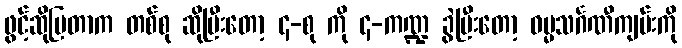
ဖွင့်ဆိုပြတာက တစ်စု ဆိုပြီးတော့ ၄-စု ကို ၄-ကဏ္ဍ ခွဲပြီးတော့ ဓမ္မသင်္ဂဏီကျမ်းကို